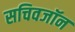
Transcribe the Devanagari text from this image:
सचिवजॉन